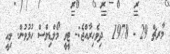
މާރޗް 29 - 1978  ދިވެހިރާއްޖެ:- ޓީވީ މޯލްޑިވްސް ހުޅުވުން. މިއީ